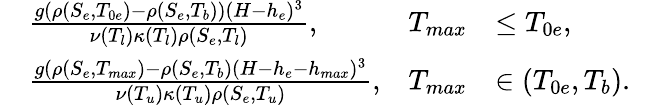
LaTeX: \begin{array}{rlrlr}&{\frac{g(\rho(S_{e},T_{0e})-\rho(S_{e},T_{b}))(H-h_{e})^{3}}{\nu(T_{l})\kappa(T_{l})\rho(S_{e},T_{l})},}&{T_{max}}&{\le T_{0e},}&\\ &{\frac{g(\rho(S_{e},T_{max})-\rho(S_{e},T_{b})(H-h_{e}-h_{max})^{3}}{\nu(T_{u})\kappa(T_{u})\rho(S_{e},T_{u})},}&{T_{max}}&{\in(T_{0e},T_{b}).}&\end{array}